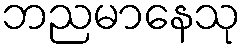
ဘညမာနေသု